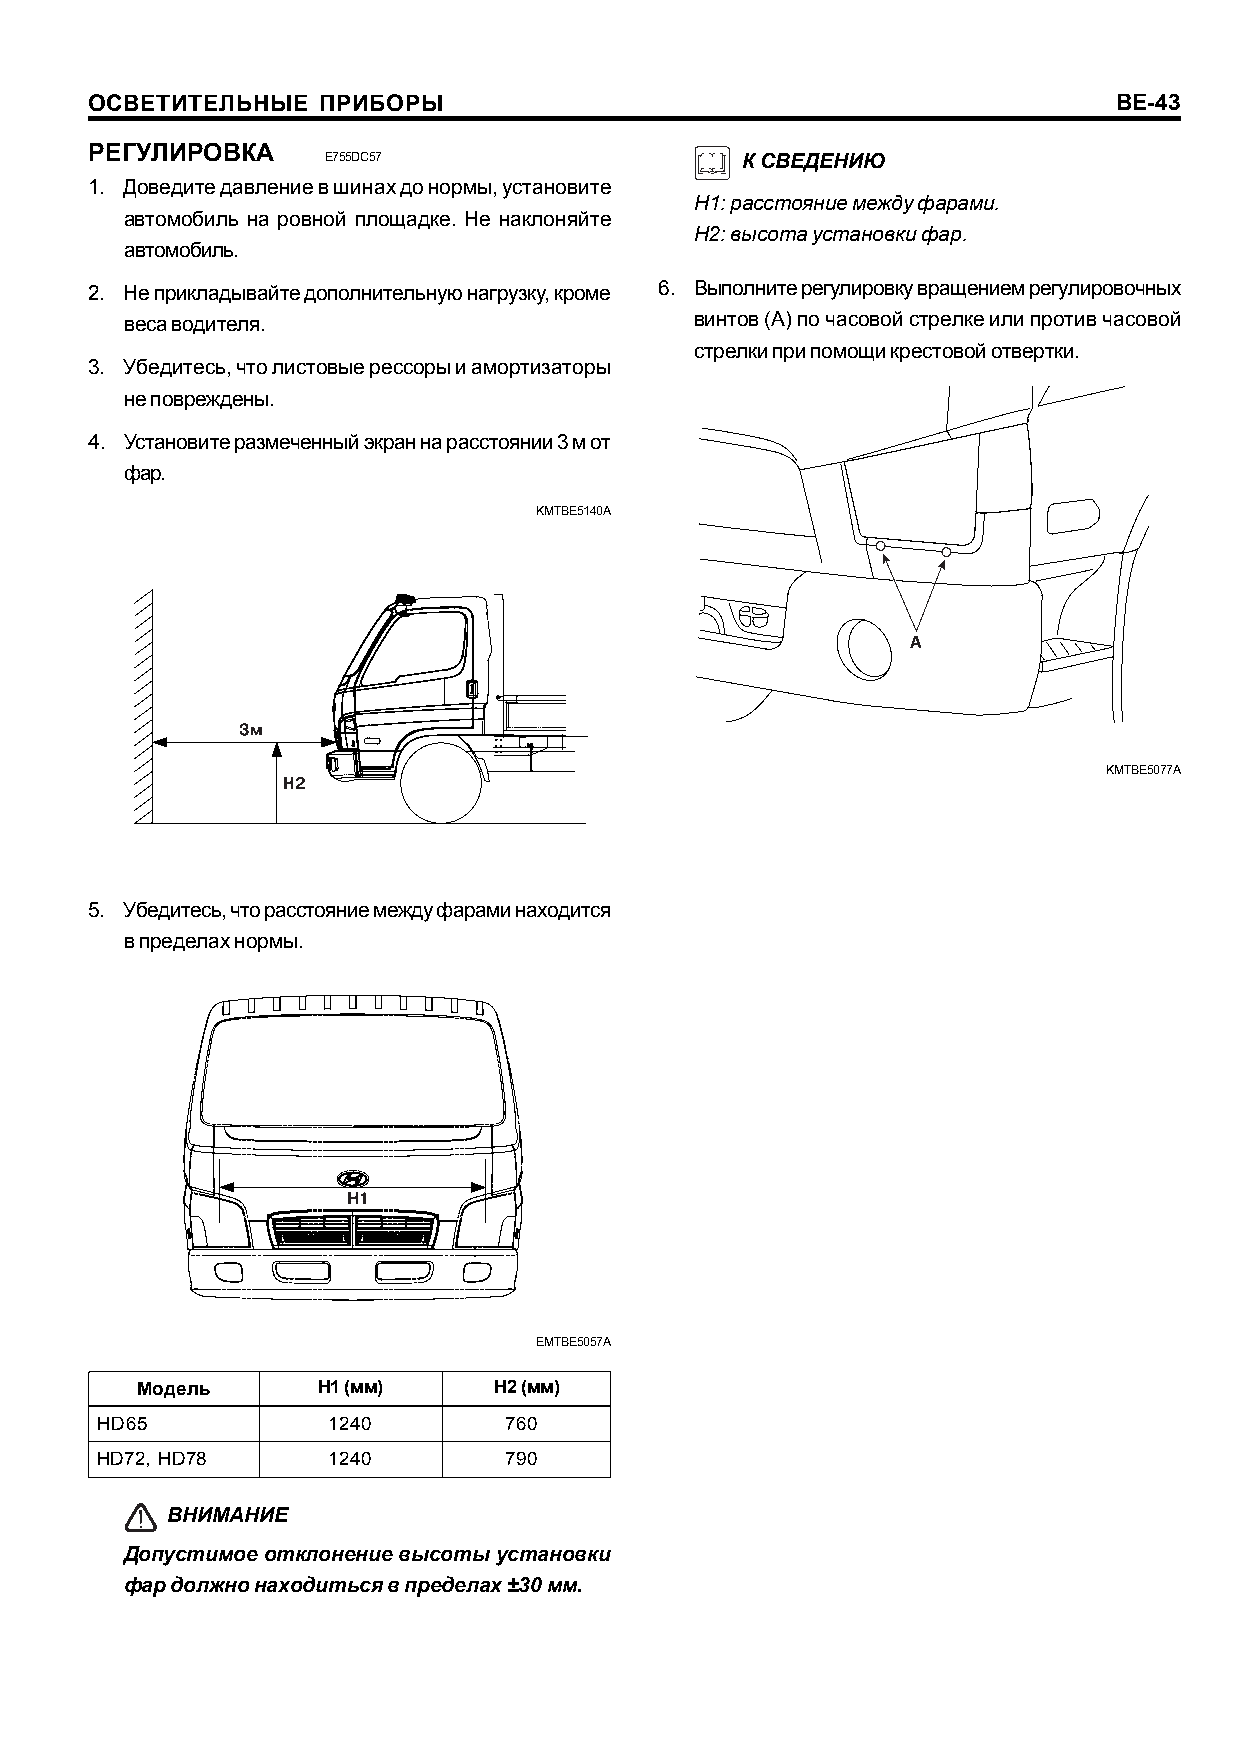
ÎÑÂÅÒÈÒÅËÜÍÛÅ  ÏÐÈÁÎÐÛ                                              BE-43
 ÐÅÃÓËÈÐÎÂÊÀ
 E755DC57                    Ê ÑÂÅÄÅÍÈÞ
 1. Äîâåäèòå äàâëåíèå â øèíàõ äî íîðìû, óñòàíîâèòå
 H1: ðàññòîÿíèå ìåæäó ôàðàìè.
 àâòîìîáèëü íà ðîâíîé ïëîùàäêå. Íå íàêëîíÿéòå
 H2: âûñîòà óñòàíîâêè ôàð.
 àâòîìîáèëü.
 2. Íå ïðèêëàäûâàéòå äîïîëíèòåëüíóþ íàãðóçêó, êðîìå 6. Âûïîëíèòå ðåãóëèðîâêó âðàùåíèåì ðåãóëèðîâî÷íûõ
 âåñà âîäèòåëÿ.                        âèíòîâ (A) ïî ÷àñîâîé ñòðåëêå èëè ïðîòèâ ÷àñîâîé
 ñòðåëêè ïðè ïîìîùè êðåñòîâîé îòâåðòêè.
 3. Óáåäèòåñü, ÷òî ëèñòîâûå ðåññîðû è àìîðòèçàòîðû
 íå ïîâðåæäåíû.
 4. Óñòàíîâèòå ðàçìå÷åííûé ýêðàí íà ðàññòîÿíèè 3 ì îò
 ôàð.
 KMTBE5140A
 KMTBE5077A
 5. Óáåäèòåñü, ÷òî ðàññòîÿíèå ìåæäó ôàðàìè íàõîäèòñÿ
 â ïðåäåëàõ íîðìû.
 EMTBE5057A
 Ìîäåëü      H1 (ìì)     H2 (ìì)
 HD65            1240       760
 HD72, HD78      1240       790
 ÂÍÈÌÀÍÈÅ
 Äîïóñòèìîå îòêëîíåíèå âûñîòû óñòàíîâêè
 ôàð äîëæíî íàõîäèòüñÿ â ïðåäåëàõ ±30 ìì.